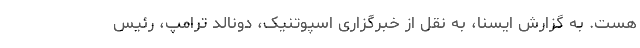
هست. به گزارش ایسنا، به نقل از خبرگزاری اسپوتنیک، دونالد ترامپ، رئیس